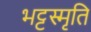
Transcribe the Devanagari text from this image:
भट्टस्मृति